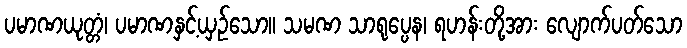
ပမာဏယုတ္တံ၊ ပမာဏနှင့်ယှဉ်သော။ သမဏ သာရုပ္ပေန၊ ရဟန်းတို့အား လျောက်ပတ်သော